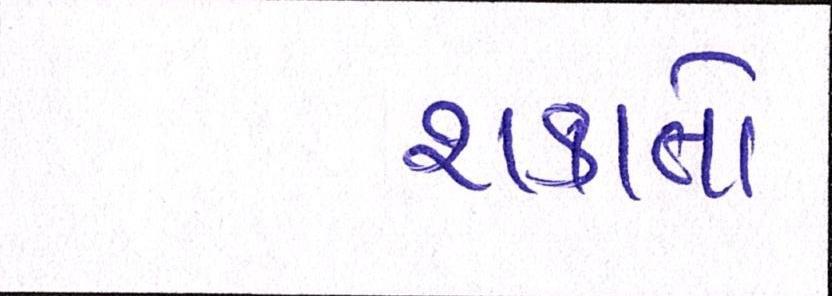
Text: શકાતો